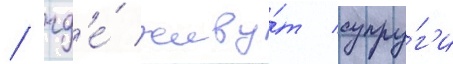
/ гд'е́ живу́т супру́г'и